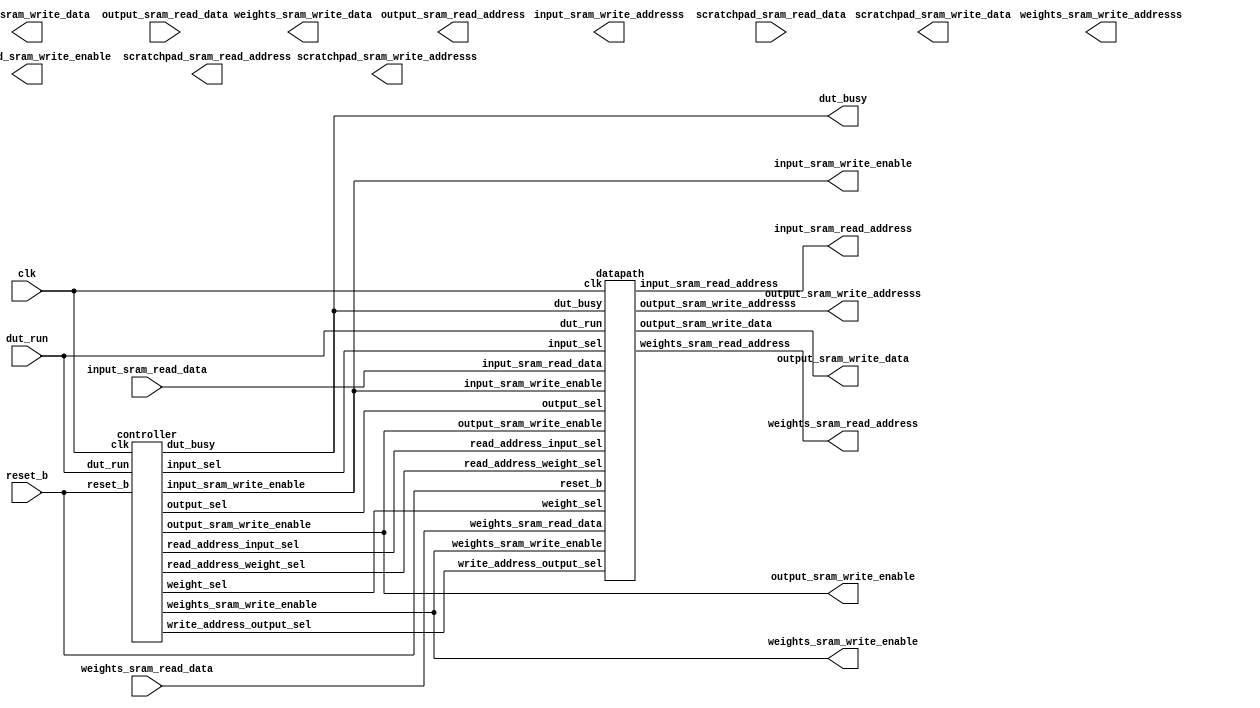
module MyDesign (
//---------------------------------------------------------------------------
//Control signals
  input   wire dut_run                    , 
  output  dut_busy                   ,
  input   wire reset_b                    ,  
  input   wire clk                        ,
 
//---------------------------------------------------------------------------
//Input SRAM interface
  output       input_sram_write_enable    ,
  output [11:0] input_sram_write_addresss  ,
  output [15:0] input_sram_write_data      ,
  output [11:0] input_sram_read_address    ,
  input wire [15:0] input_sram_read_data       ,

//---------------------------------------------------------------------------
//Output SRAM interface
  output        output_sram_write_enable    ,
  output [11:0] output_sram_write_addresss  ,
  output [15:0] output_sram_write_data      ,
  output [11:0] output_sram_read_address    ,
  input wire [15:0] output_sram_read_data       ,

//---------------------------------------------------------------------------
//Scratchpad SRAM interface
  output reg        scratchpad_sram_write_enable    ,
  output reg [11:0] scratchpad_sram_write_addresss  ,
  output reg [15:0] scratchpad_sram_write_data      ,
  output reg [11:0] scratchpad_sram_read_address    ,
  input wire [15:0] scratchpad_sram_read_data       ,

//---------------------------------------------------------------------------
//Weights SRAM interface                                                       
  output         weights_sram_write_enable    ,
  output [11:0] weights_sram_write_addresss  ,
  output [15:0] weights_sram_write_data      ,
  output [11:0] weights_sram_read_address    ,
  input wire [15:0] weights_sram_read_data       

);

wire [1:0] input_sel; 					// which bits to choose from [15:8] [7:0]
wire [2:0] weight_sel; 					// where to store into weight matrix
wire [1:0] output_sel; 					// which bits to output [15:8] [7:0]

wire [1:0] read_address_input_sel; 		// line to choose how to read input address
wire [1:0] write_address_output_sel; 	// line to choose how to write output address
wire [1:0] read_address_weight_sel; 	// line to choose how to read weight address

controller U1 (clk, reset_b, dut_run, dut_busy, input_sram_write_enable, weights_sram_write_enable, output_sram_write_enable,
				input_sel, weight_sel, output_sel, read_address_input_sel, write_address_output_sel, read_address_weight_sel);

datapath U2 (clk, reset_b, dut_run, dut_busy, input_sel, weight_sel, output_sel, read_address_input_sel, write_address_output_sel, read_address_weight_sel,
				input_sram_write_enable, weights_sram_write_enable, output_sram_write_enable, input_sram_read_data, weights_sram_read_data,
				output_sram_write_data, input_sram_read_address, weights_sram_read_address, output_sram_write_addresss);

endmodule

module datapath (

	input wire clk,
	input wire reset_b,
	input wire dut_run,
	input wire dut_busy,

	input wire [1:0] input_sel, 					// which bits to choose from [15:8] [7:0]
	input wire [2:0] weight_sel, 					// where to store into weight matrix
	input wire [1:0] output_sel, 					// which bits to output [15:8] [7:0]

	input wire [1:0] read_address_input_sel, 		// line to choose how to read input address
	input wire [1:0] write_address_output_sel, 		// line to choose how to write output address
	input wire [1:0] read_address_weight_sel, 		// line to choose how to read weight address

	input wire input_sram_write_enable, 			// set to low to always read input
	input wire weights_sram_write_enable, 			// set to low to always read weight
	input wire output_sram_write_enable, 			// set to high when want to write output 

	input wire [15:0] input_sram_read_data,
	input wire [15:0] weights_sram_read_data,

	output reg [15:0] output_sram_write_data,

	output reg [11:0] input_sram_read_address,
	output reg [11:0] weights_sram_read_address,
	output reg [11:0] output_sram_write_addresss

);

// input data
reg signed [7:0] input_bits;

// weight data
reg signed [15:0] weight_0_1;
reg signed [15:0] weight_2_3;
reg signed [15:0] weight_4_5;
reg signed [15:0] weight_6_7;
reg signed [15:0] weight_8_9;

// temp registers to make sure bits set as signed
reg signed [7:0] temp0;
reg signed [7:0] temp1;
reg signed [7:0] temp2;
reg signed [7:0] temp3;
reg signed [7:0] temp4;
reg signed [7:0] temp5;
reg signed [7:0] temp6;
reg signed [7:0] temp7;
reg signed [7:0] temp8;

// multiply registers
reg signed [15:0] mult_0;
reg signed [15:0] mult_1;
reg signed [15:0] mult_2;
reg signed [15:0] mult_3;
reg signed [15:0] mult_4;
reg signed [15:0] mult_5;
reg signed [15:0] mult_6;
reg signed [15:0] mult_7;
reg signed [15:0] mult_8;

// accumulate registers
reg signed [19:0] accumulate_0;
reg signed [19:0] accumulate_1;
reg signed [19:0] accumulate_2;
reg signed [19:0] accumulate_3;
reg signed [19:0] accumulate_4;
reg signed [19:0] accumulate_5;
reg signed [19:0] accumulate_6;
reg signed [19:0] accumulate_7;
reg signed [19:0] accumulate_8;

// intermediary stored convolution values
reg signed [19:0] conv_0;
reg signed [19:0] conv_1;
reg signed [19:0] conv_2;
reg signed [19:0] conv_3;
reg signed [19:0] conv_4;
reg signed [19:0] conv_5;
reg signed [19:0] conv_6;
reg signed [19:0] conv_7;
reg signed [19:0] conv_8;

// shift registers
reg signed [19:0] shift_reg_0;
reg signed [19:0] shift_reg_1;
reg signed [19:0] shift_reg_2;
reg signed [19:0] shift_reg_3;
reg signed [19:0] shift_reg_4;
reg signed [19:0] shift_reg_5;
reg signed [19:0] shift_reg_6;
reg signed [19:0] shift_reg_7;
reg signed [19:0] shift_reg_8;
reg signed [19:0] shift_reg_9;
reg signed [19:0] shift_reg_10;
reg signed [19:0] shift_reg_11;
reg signed [19:0] shift_reg_12;
reg signed [19:0] shift_reg_13;
reg signed [19:0] shift_reg_14;
reg signed [19:0] shift_reg_15;
reg signed [19:0] shift_reg_16;
reg signed [19:0] shift_reg_17;
reg signed [19:0] shift_reg_18;
reg signed [19:0] shift_reg_19;
reg signed [19:0] shift_reg_20;
reg signed [19:0] shift_reg_21;
reg signed [19:0] shift_reg_22;
reg signed [19:0] shift_reg_23;
reg signed [19:0] shift_reg_24;
reg signed [19:0] shift_reg_25;

// output data
reg signed [15:0] output_data;
reg signed [7:0] output_temp; 

//--------------------------------------------------------------------------------------------------------

// datapath components

// Input SRAM READ ADDRESS
always @(posedge clk or negedge reset_b) begin
	if (!reset_b)
		input_sram_read_address <= 12'b0; 									// set to 0
	else begin
		if (read_address_input_sel == 2'b0) 								// set to 0
			input_sram_read_address <= 12'b0;
		else if (read_address_input_sel == 2'b01) 							// increment address
			input_sram_read_address <= input_sram_read_address + 12'b1;
		else if (read_address_input_sel == 2'b10) 							// feed back into itself
			input_sram_read_address <= input_sram_read_address;
	end
end

// Weight SRAM READ ADDRESS
always @(posedge clk or negedge reset_b) begin
	if (!reset_b)
		weights_sram_read_address <= 12'b0; 									// set to 0
	else begin
		if (read_address_weight_sel == 2'b0) 									// set to 0
			weights_sram_read_address <= 12'b0;
		else if (read_address_weight_sel == 2'b01) 								// increment address
			weights_sram_read_address <= weights_sram_read_address + 12'b1;
		else if (read_address_weight_sel == 2'b10) 								// feed back into itself
			weights_sram_read_address <= weights_sram_read_address;
	end
end

// Output SRAM WRITE ADDRESS
always @(posedge clk or negedge reset_b) begin
	if (!reset_b)
		output_sram_write_addresss <= 12'b0; 									// set to 0
	else begin
		if (write_address_output_sel == 2'b0) 									// set to 0
			output_sram_write_addresss <= 12'b0;
		else if (write_address_output_sel == 2'b01) 							// increment address
			output_sram_write_addresss <= output_sram_write_addresss + 12'b1;
		else if (write_address_output_sel == 2'b10) 							// feed back into itself
			output_sram_write_addresss <= output_sram_write_addresss;
	end
end

// WRITE OUTPUT SRAM VALUES
always @(posedge clk or negedge reset_b) begin
	if (!reset_b)
		output_sram_write_data <= 16'b0; 						// set to 0
	else begin
		if (output_sram_write_enable) 							// write output data
			output_sram_write_data <= output_data;
		else
			output_sram_write_data <= output_sram_write_data; 	// feed back into itself
	end
end

//--------------------------------------------------------------------------------------------------------

always @(posedge clk or negedge reset_b) begin

	if (!reset_b) begin 

		input_bits <= 0;
	
		weight_0_1 <= 0;
		weight_2_3 <= 0;
		weight_4_5 <= 0;
		weight_6_7 <= 0;
		weight_8_9 <= 0;
		
		temp0 <= 0;
		temp1 <= 0;
		temp2 <= 0;
		temp3 <= 0;
		temp4 <= 0;
		temp5 <= 0;
		temp6 <= 0;
		temp7 <= 0;
		temp8 <= 0;

		mult_0 <= 0;
		mult_1 <= 0;
		mult_2 <= 0;
		mult_3 <= 0;
		mult_4 <= 0;
		mult_5 <= 0;
		mult_6 <= 0;
		mult_7 <= 0;
		mult_8 <= 0;
		
		/*accumulate_0 <= 0;
		accumulate_1 <= 0;
		accumulate_2 <= 0;
		accumulate_3 <= 0;
		accumulate_4 <= 0;
		accumulate_5 <= 0;
		accumulate_6 <= 0;
		accumulate_7 <= 0;
		accumulate_8 <= 0;*/
		
		conv_0 <= 0;
		conv_1 <= 0;
		conv_2 <= 0;
		conv_3 <= 0;
		conv_4 <= 0;
		conv_5 <= 0;
		conv_6 <= 0;
		conv_7 <= 0;
		conv_8 <= 0;
		
		shift_reg_0 <= 0;
		shift_reg_1 <= 0;
		shift_reg_2 <= 0;
		shift_reg_3 <= 0;
		shift_reg_4 <= 0;
		shift_reg_5 <= 0;
		shift_reg_6 <= 0;
		shift_reg_7 <= 0;
		shift_reg_8 <= 0;
		shift_reg_9 <= 0;
		shift_reg_10 <= 0;
		shift_reg_11 <= 0;
		shift_reg_12 <= 0;
		shift_reg_13 <= 0;
		shift_reg_14 <= 0;
		shift_reg_15 <= 0;
		shift_reg_16 <= 0;
		shift_reg_17 <= 0;
		shift_reg_18 <= 0;
		shift_reg_19 <= 0;
		shift_reg_20 <= 0;
		shift_reg_21 <= 0;
		shift_reg_22 <= 0;
		shift_reg_23 <= 0;
		shift_reg_24 <= 0;
		shift_reg_25 <= 0;

		output_data <= 0;
	
	end
	else begin
		
		// input select line to choose an 8 bit word from 16 bit data
		if (input_sel == 2'b01) input_bits <= input_sram_read_data[15:8]; 		// if 1, choose first 8 bits to be calculated upon [15:8]
		else if (input_sel == 2'b10) input_bits <= input_sram_read_data[7:0]; 	// if 2, choose last 8 bits to be calculated upon [7:0]
		else input_bits <= input_bits; 											// feed back into itself
		
		// weight select line to populate weight matrix
		if (weight_sel == 3'b000) weight_0_1 <= weights_sram_read_data; 	// if 0, store into top_left and top_middle of weight matrix
		else weight_0_1 <= weight_0_1;
		
		if (weight_sel == 3'b001) weight_2_3 <= weights_sram_read_data; 	// if 1, store into top_right and middle_left of weight matrix
		else weight_2_3 <= weight_2_3;
		
		if (weight_sel == 3'b010) weight_4_5 <= weights_sram_read_data; 	// if 2, store into middle and middle_right of weight matrix
		else weight_4_5 <= weight_4_5;
		
		if (weight_sel == 3'b011) weight_6_7 <= weights_sram_read_data; 	// if 3, store into bottom_left and bottom_middle of weight matrix
		else weight_6_7 <= weight_6_7;
		
		if (weight_sel == 3'b100) weight_8_9 <= weights_sram_read_data; 	// if 4, store into bottom_right and NULL of weight matrix
		else weight_8_9 <= weight_8_9;
		
		// convolution registers
		conv_0 <= accumulate_0;
		conv_1 <= accumulate_1;
		conv_2 <= accumulate_2;
		conv_3 <= accumulate_3; 
		conv_4 <= accumulate_4;
		conv_5 <= accumulate_5; 
		conv_6 <= accumulate_6;
		conv_7 <= accumulate_7;
		conv_8 <= accumulate_8;
		
		// shift registers for first row
		shift_reg_0 <= conv_2;
		shift_reg_1 <= shift_reg_0;
		shift_reg_2 <= shift_reg_1;
		shift_reg_3 <= shift_reg_2;
		shift_reg_4 <= shift_reg_3;
		shift_reg_5 <= shift_reg_4;
		shift_reg_6 <= shift_reg_5;
		shift_reg_7 <= shift_reg_6;
		shift_reg_8 <= shift_reg_7;
		shift_reg_9 <= shift_reg_8;
		shift_reg_10 <= shift_reg_9;
		shift_reg_11 <= shift_reg_10;
		shift_reg_12 <= shift_reg_11;
		
		// shift registers for second row
		shift_reg_13 <= conv_5;
		shift_reg_14 <= shift_reg_13;
		shift_reg_15 <= shift_reg_14;
		shift_reg_16 <= shift_reg_15;
		shift_reg_17 <= shift_reg_16;
		shift_reg_18 <= shift_reg_17;
		shift_reg_19 <= shift_reg_18;
		shift_reg_20 <= shift_reg_19;
		shift_reg_21 <= shift_reg_20;
		shift_reg_22 <= shift_reg_21;
		shift_reg_23 <= shift_reg_22;
		shift_reg_24 <= shift_reg_23;
		shift_reg_25 <= shift_reg_24;
		
		// output select line to combine 2 8bit outputs together
		if (output_sel == 2'b01) output_data[15:8] <= output_temp; 				// if 1, store final calculated data into first 8 bits [15:8]
		else if (output_sel == 2'b10) output_data[7:0] <= output_temp; 			// if 2, store final calculated data into last 8 bits [7:0]
		else output_data <= output_data; 										// feed back into itself

	end
end
		
always @(*) begin
		
		// multiply registers (make sure bits are 8 bit signed)
		temp0 = weight_0_1[15:8];
		temp1 = weight_0_1[7:0];
		temp2 = weight_2_3[15:8];
		temp3 = weight_2_3[7:0];
		temp4 = weight_4_5[15:8];
		temp5 = weight_4_5[7:0];
		temp6 = weight_6_7[15:8];
		temp7 = weight_6_7[7:0];
		temp8 = weight_8_9[15:8];

		// multiply registers cont.
		mult_0 = temp0 * input_bits;
		mult_1 = temp1 * input_bits;
		mult_2 = temp2 * input_bits; 
		mult_3 = temp3 * input_bits; 
		mult_4 = temp4 * input_bits;
		mult_5 = temp5 * input_bits;
		mult_6 = temp6 * input_bits;
		mult_7 = temp7 * input_bits;
		mult_8 = temp8 * input_bits;
		
		// accumulate registers
		accumulate_0 = 0 + mult_0;
		accumulate_1 = conv_0 + mult_1;
		accumulate_2 = conv_1 + mult_2; 
		accumulate_3 = shift_reg_12 + mult_3;
		
		accumulate_4 = conv_3 + mult_4;
		accumulate_5 = conv_4 + mult_5; 
		accumulate_6 = shift_reg_25 + mult_6; 
		
		accumulate_7 = conv_6 + mult_7;
		accumulate_8 = conv_7 + mult_8;
		
		// ReLu function along with resizing back to 8 bits
		if (conv_8[19] == 1'b1) 								// if negative set to 0
			output_temp = 8'b0000_0000;		
		else if (conv_8 > 20'b0000_0000_0000_0111_1111) 		// if greater than 127, set to 127
			output_temp = 8'b0111_1111;
		else													// else, resize to last 8 bits [7:0]
			output_temp = conv_8[7:0]; 
		
end

endmodule

//-----------------------------------------------------------------------------

// controller
module controller (

	input wire clk,
	input wire reset_b,
	input wire dut_run,

	output reg dut_busy,
	output reg input_sram_write_enable, 		// set to low to always read input
	output reg weights_sram_write_enable, 		// set to low to always read weight
	output reg output_sram_write_enable, 		// set to high when want to write output 

	output reg [1:0] input_sel, 				// which bits to choose from [15:8] [7:0]
	output reg [2:0] weight_sel, 				// where to store into weight matrix
	output reg [1:0] output_sel, 				// which bits to output [15:8] [7:0]

	output reg [1:0] read_address_input_sel, 	// line to choose how to read input address
	output reg [1:0] write_address_output_sel, 	// line to choose how to write output address
	output reg [1:0] read_address_weight_sel 	// line to choose how to read weight address
	
);

parameter [4:0] // states
	
	s0 = 5'b00000, 
	s1 = 5'b00001,
	s2 = 5'b00010,
	s3 = 5'b00011,
	s4 = 5'b00100,
	s5 = 5'b00101,
	s6 = 5'b00110,
	s7 = 5'b00111,
	s8 = 5'b01000,
	s9 = 5'b01001,
	s10 = 5'b01010,
	s11 = 5'b01011,
	s12 = 5'b01100,
	s13 = 5'b01101,
	s14 = 5'b01110,
	s15 = 5'b01111,
	s16 = 5'b10000,
	s17 = 5'b10001,
	s18 = 5'b10010;

// state registers
reg [4:0] current_state, next_state;

// cycle counter
reg [15:0] cycle_counter_wire;
reg [15:0] cycle_counter;
	
always @(posedge clk or negedge reset_b) begin
	if (!reset_b) begin
		current_state <= s0; 	// reset state s0
		cycle_counter <= 0; 	// reset counter to 0
	end
	else begin
		current_state <= next_state; 			// next state
		cycle_counter <= cycle_counter_wire;	// "increment counter"
	end
end

always @(*) begin

	// initiate to prevent latches
	dut_busy = 0; 
	read_address_input_sel = 2'b00;
	read_address_weight_sel = 2'b00; 
	write_address_output_sel = 2'b10; 
	input_sram_write_enable = 0; 
	weights_sram_write_enable = 0;
	output_sram_write_enable = 0; 
	input_sel = 2'b11; 
	weight_sel = 3'b111; 
	output_sel = 2'b11; 

	cycle_counter_wire = cycle_counter;
	
	case(current_state)
		s0: begin // clear everything // starts reading at the address
			
			if(dut_run) begin
				dut_busy = 0; 
				read_address_input_sel = 2'b00; // read from input address 0
				read_address_weight_sel = 2'b01; // read from weight address 0
				write_address_output_sel = 2'b00;
				input_sram_write_enable = 0; 
				weights_sram_write_enable = 0; 
				output_sram_write_enable = 0; 
				input_sel = 2'b00;
				weight_sel = 3'b000;
				output_sel = 2'b00;

				cycle_counter_wire = 16'b0;

				next_state = s1;
			end
			else begin
				next_state = s0;
			end
		end			

		s1: begin // top left and top middle weight matrix populated
		
			dut_busy = 1; 
			read_address_input_sel = 2'b00; 
			read_address_weight_sel = 2'b01; // increment weight address
			input_sram_write_enable = 0; 
			weights_sram_write_enable = 0;
			input_sel = 2'b10; // change later
			weight_sel = 3'b000; // store weight data into top_left and top_middle register
			
			// set to next state
			next_state = s2;
		end

		s2: begin // top right and middle left weight matrix populated
		
			dut_busy = 1; 
			read_address_input_sel = 2'b00; 
			read_address_weight_sel = 2'b01; // increment weight address
			input_sram_write_enable = 0; 
			weights_sram_write_enable = 0;
			input_sel = 2'b01; // change later
			weight_sel = 3'b001; // store weight data into top_right and middle_left register
			
			// set to next state
			next_state = s3;
		end
		
		s3: begin // middle and middle right weight matrix populated
		
			dut_busy = 1;
			read_address_input_sel = 2'b00;
			read_address_weight_sel = 2'b01; // increment weight address
			weights_sram_write_enable = 0;
			input_sel = 2'b10; // change later
			weight_sel = 3'b010; // store weight data into middle and middle_right register
			
			// set to next state
			next_state = s4;
		end
		
		s4: begin // bottom left and bottom middle weight matrix populated
		
			dut_busy = 1;
			read_address_input_sel = 2'b01; // increment read address
			read_address_weight_sel = 2'b01; // increment weight address
			weights_sram_write_enable = 0;
			input_sel = 2'b01; // change later
			weight_sel = 3'b011; // store weight data into bottom_left and bottom_middle register

			// set to next state
			next_state = s5;
		end
		
		s5: begin // bottom right weight matrix populated
		
			dut_busy = 1;
			read_address_input_sel = 2'b10; // read from same address
			read_address_weight_sel = 2'b01; // increment weight address
			weights_sram_write_enable = 0;
			input_sel = 2'b10; // change later
			weight_sel = 3'b100; // store weight data into bottom_right and NULL register

			// set to next state
			next_state = s6;
		end
		
		//-----------------------------------------------------------------------------

		s6: begin // store input data from input address into [15:8]
		
			dut_busy = 1;
			read_address_input_sel = 2'b01; // increment to input address 1
			read_address_weight_sel = 2'b00; // nothing
			weights_sram_write_enable = 1; 
			input_sel = 2'b01; // store input data from input address into [15:8]
			
			// set to next state
			next_state = s7;
		end
		
		s7: begin // store input data from input address into [7:0]
		
			dut_busy = 1;
			read_address_input_sel = 2'b10;
			input_sram_write_enable = 0;
			input_sel = 2'b10; // store input data from input address into [7:0]

			cycle_counter_wire = cycle_counter + 1;

			// set to next state
			if (cycle_counter == 32) // change states so valid convolutions can be written into output
				next_state = s9;
			else
				next_state = s8;
		end
		
		s8: begin 
	
			dut_busy = 1;
			read_address_input_sel = 2'b01;
			input_sram_write_enable = 0;
			input_sel = 2'b01; 
			//size_count_sel = 2'b01;
			cycle_counter_wire = cycle_counter + 1;

			// set to next state
			next_state = s7;
		end
		
		//-----------------------------------------------------------------------------

		s9: begin // following states continue to read input data while outputting data for valid convolutions within the row
		
			dut_busy = 1;
			read_address_input_sel = 2'b01;
			input_sram_write_enable = 0;
			input_sel = 2'b01;

			write_address_output_sel = 2'b10; 
			output_sram_write_enable = 1;
			output_sel = 2'b01;
			
			cycle_counter_wire = cycle_counter + 1;

			// set to next state
			next_state = s10;
		end

		s10: begin
		
			dut_busy = 1;
			read_address_input_sel = 2'b10; 
			input_sram_write_enable = 0;
			input_sel = 2'b10; 

			write_address_output_sel = 2'b10; 
			output_sram_write_enable = 1;
			output_sel = 2'b10; 
			
			cycle_counter_wire = cycle_counter + 1;

			// set to next state
			next_state = s11;
		end

		s11: begin 
		
			dut_busy = 1;
			read_address_input_sel = 2'b01; 
			input_sram_write_enable = 0;
			input_sel = 2'b01; 

			write_address_output_sel = 2'b10;  
			output_sram_write_enable = 1;
			output_sel = 2'b01; 
			
			cycle_counter_wire = cycle_counter + 1;

			// set to next state
			next_state = s12; 
		end

		s12: begin 
		
			dut_busy = 1;
			read_address_input_sel = 2'b10; 
			input_sram_write_enable = 0;
			input_sel = 2'b10; 
			
			write_address_output_sel = 2'b01; 
			output_sram_write_enable = 1; 
			output_sel = 2'b10; 

			cycle_counter_wire = cycle_counter + 1;

			// set to next state
			if (cycle_counter == 256) // if end of output matrix, reset everything 
				next_state = s0; 
			else if (cycle_counter == 46 || cycle_counter == 62 || cycle_counter == 78 || cycle_counter == 94 || 
				cycle_counter == 110 || cycle_counter == 126 || cycle_counter == 142 || cycle_counter == 158 ||
				cycle_counter == 174 || cycle_counter == 190 || cycle_counter == 206 || cycle_counter == 222 ||
				cycle_counter == 238) // if reaches end of viable row, change to next states
				next_state = s13;
			else
				next_state = s11; 
		end

		//-----------------------------------------------------------------------------

		s13: begin // following states continues reading input data while skipping outputs for data that should not be convoluted
		
			dut_busy = 1;
			read_address_input_sel = 2'b01; 
			input_sram_write_enable = 0;
			input_sel = 2'b01;
			
			write_address_output_sel = 2'b10; 
			output_sram_write_enable = 1; 
			output_sel = 2'b01; 
			
			cycle_counter_wire = cycle_counter + 1;

			// set to next state
			next_state = s14;
		end
		
		s14: begin 
		
			dut_busy = 1;
			read_address_input_sel = 2'b10; 
			input_sram_write_enable = 0;
			input_sel = 2'b10; 
			
			write_address_output_sel = 2'b10; 
			output_sram_write_enable = 0; 
			output_sel = 2'b10; 
			
			cycle_counter_wire = cycle_counter + 1;

			// set to next state
			next_state = s15;
		end

		s15: begin 
		
			dut_busy = 1;
			read_address_input_sel = 2'b01; 
			input_sram_write_enable = 0;
			input_sel = 2'b01; 
			
			write_address_output_sel = 2'b10; 
			output_sram_write_enable = 0; 
			output_sel = 2'b01; 
			
			cycle_counter_wire = cycle_counter + 1;

			// set to next state
			next_state = s16;
		end

		s16: begin 
			
			dut_busy = 1;
			read_address_input_sel = 2'b10; 
			input_sram_write_enable = 0;
			input_sel = 2'b10; 

			write_address_output_sel = 2'b01; 
			output_sram_write_enable = 1;
			output_sel = 2'b10; 
			
			cycle_counter_wire = cycle_counter + 1;

			// set to next state
			next_state = s17; 
		end

		s17: begin 
		
			dut_busy = 1;
			read_address_input_sel = 2'b01; 
			input_sram_write_enable = 0;
			input_sel = 2'b01; 

			write_address_output_sel = 2'b10;  
			output_sram_write_enable = 1;
			output_sel = 2'b01; 
			
			cycle_counter_wire = cycle_counter + 1;

			// set to next state
			next_state = s18;
		end

		s18: begin 
		
			dut_busy = 1;
			read_address_input_sel = 2'b10; 
			input_sram_write_enable = 0;
			input_sel = 2'b10; 
			
			write_address_output_sel = 2'b01;
			output_sram_write_enable = 1; 
			output_sel = 2'b10; 
			
			cycle_counter_wire = cycle_counter + 1;

			// set to next state
			next_state = s11; 
		end

		//-----------------------------------------------------------------------------

		default: next_state = s0;

	endcase
end

endmodule